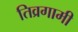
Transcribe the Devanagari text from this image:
तिव्रगामी